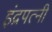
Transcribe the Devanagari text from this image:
इंद्रपत्‍नी